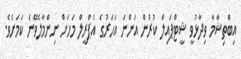
އިބްތިޝާމާ ވިދާޅުވީ ޝީޓްޕައިލް ކުރުން އަންނަ އަހަރުގެ އެޕްރީލް މަހަށް ނިންމާލެވޭނެ ކަމަށެވެ.